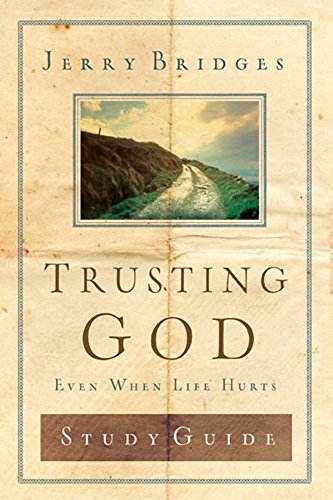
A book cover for Trusting God Study Guide: Even When Life Hurts; Jerry Bridges; Christian Books & Bibles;